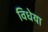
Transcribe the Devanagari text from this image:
विधेया